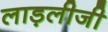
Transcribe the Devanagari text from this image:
लाड़लीजी